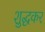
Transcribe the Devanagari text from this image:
शुद्धकर